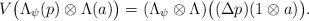
LaTeX: \begin{align*}V\bigl(\Lambda_{\psi}(p)\otimes\Lambda(a)\bigr)=(\Lambda_{\psi}\otimes\Lambda)\bigl((\Delta p)(1\otimes a)\bigr).\end{align*}